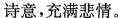
诗意，充满悲情。